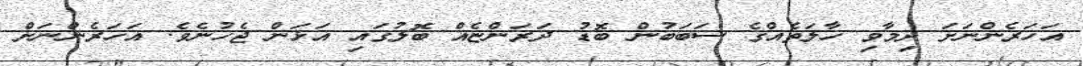
އަހަރެންނަށަ ދިމާވި ހާލަތެއްގެ ސަބަބުން ބޮޑު ދަރަންޏެއް ބޮލުގައި އަޅަން ޖެހުނެވެ. އަހަރެންނަށް